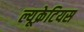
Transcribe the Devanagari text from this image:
ल्यूक्रेटियस